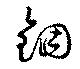
錮